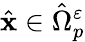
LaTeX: \hat{\mathbf x}\in\hat{\Omega}_{p}^{\varepsilon}